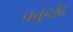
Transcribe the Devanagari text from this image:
चतुर्च्छेद